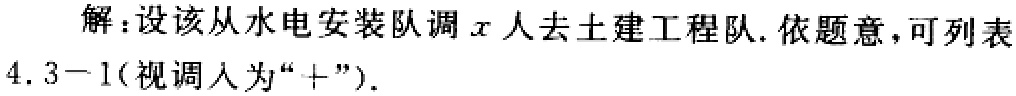
解：设该从水电安装队调\(x\)人去土建工程队. 依题意，可列表
4.3 - 1(视调入为“\(+\)” ).